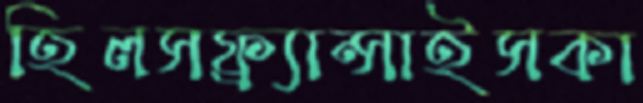
হিলসফ্র্যান্সাইসকা